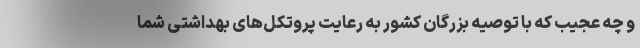
و چه عجیب که با توصیه بزرگان کشور به رعایت پروتکل‌های بهداشتی شما